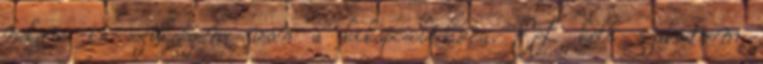
nekem is szükségem van a kikapcsolódásra. EL kell szakadnom